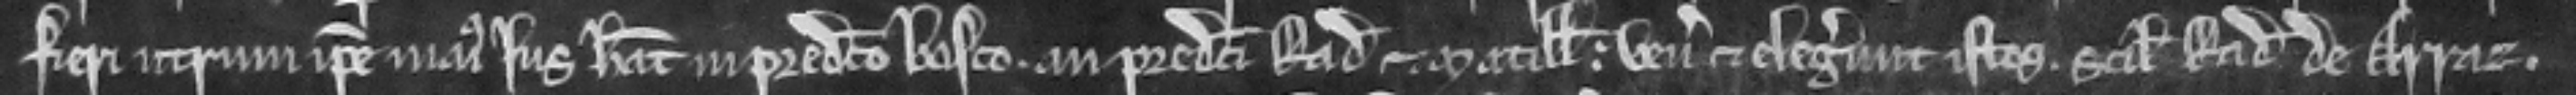
fieri utrum ipse majus jus habeat in predicto bosco. an predicti Radulfus et Matillis venerunt et elegerunt istos. scilicet Radulfum de Arraz.